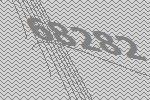
68282